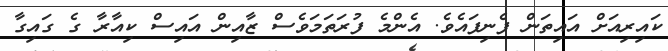
ކައިރިއަށް އައިތަން ފެނިފައެވެ. އެންމެ ފުރަތަމަވެސް ޒާއިން އައިސް ކިއާރާ ގެ ގައިގާ